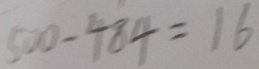
5 0 0 - 4 8 4 = 1 6